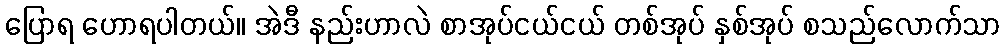
ပြောရ ဟောရပါတယ်။ အဲဒီ နည်းဟာလဲ စာအုပ်ငယ်ငယ် တစ်အုပ် နှစ်အုပ် စသည်လောက်သာ